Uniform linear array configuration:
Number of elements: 12
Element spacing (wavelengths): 0.25
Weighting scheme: blackman
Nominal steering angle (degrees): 15
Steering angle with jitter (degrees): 14.609
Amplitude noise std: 0.05
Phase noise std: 0.05

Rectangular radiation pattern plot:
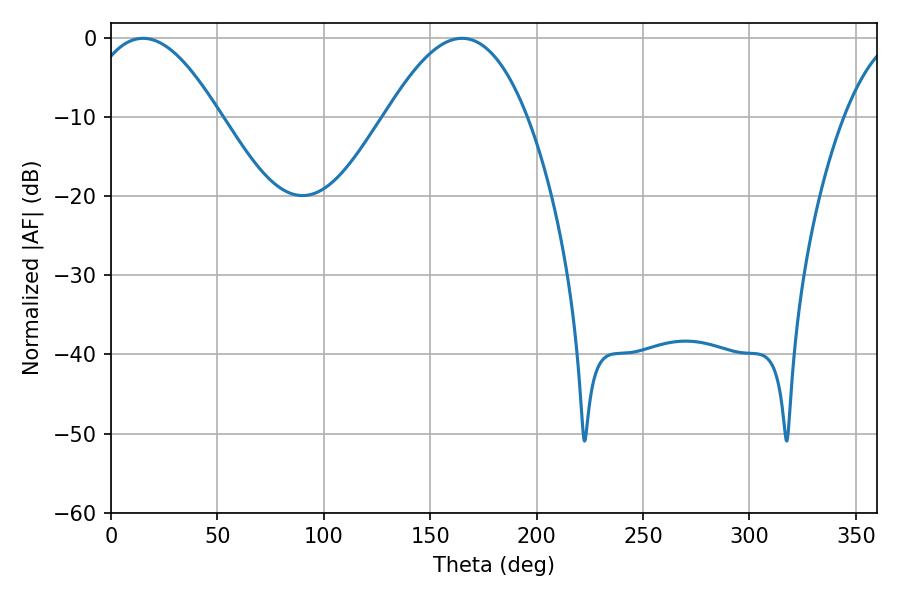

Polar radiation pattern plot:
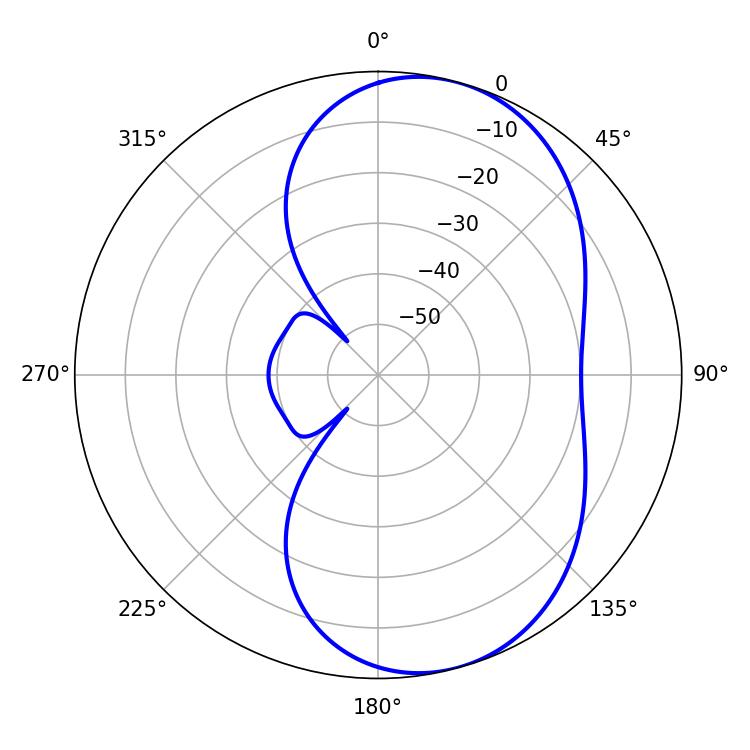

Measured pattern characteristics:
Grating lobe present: FALSE
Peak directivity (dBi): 6.98
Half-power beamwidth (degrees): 34.02
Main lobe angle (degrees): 15.12